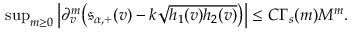
\begin{array} { r } { \operatorname* { s u p } _ { m \geq 0 } \left| \partial _ { v } ^ { m } \big ( \mathfrak { s } _ { \alpha , + } ( v ) - k \sqrt { h _ { 1 } ( v ) h _ { 2 } ( v ) } \big ) \right| \leq C \Gamma _ { s } ( m ) M ^ { m } . } \end{array}